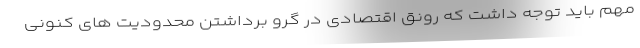
مهم باید توجه داشت که رونق اقتصادی در گرو برداشتن محدودیت های کنونی